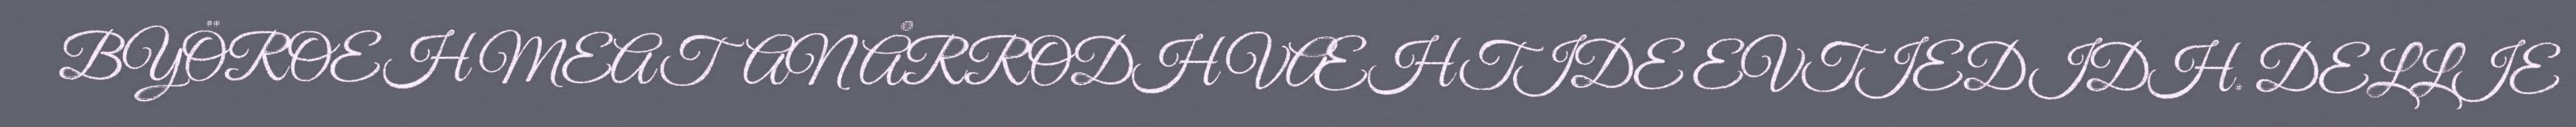
BYÖROEH MEATAN ÅRRODH VÆHTIDE EVTIEDIDH. DELLIE